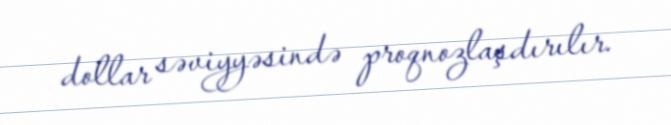
dollar səviyyəsində proqnozlaşdırılır.